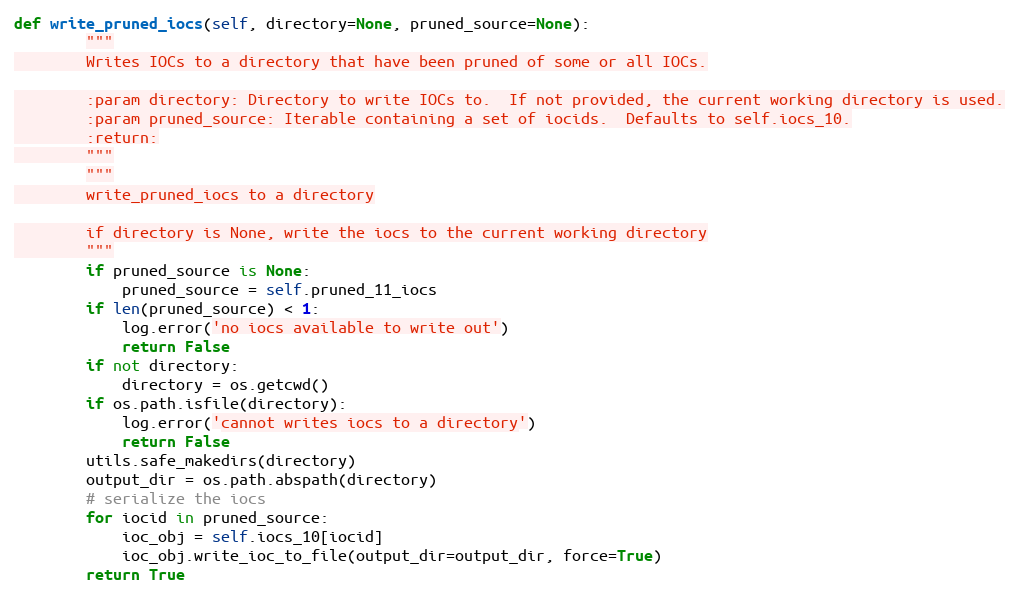
Language: Python
def write_pruned_iocs(self, directory=None, pruned_source=None):
        """
        Writes IOCs to a directory that have been pruned of some or all IOCs.

        :param directory: Directory to write IOCs to.  If not provided, the current working directory is used.
        :param pruned_source: Iterable containing a set of iocids.  Defaults to self.iocs_10.
        :return:
        """
        """
        write_pruned_iocs to a directory

        if directory is None, write the iocs to the current working directory
        """
        if pruned_source is None:
            pruned_source = self.pruned_11_iocs
        if len(pruned_source) < 1:
            log.error('no iocs available to write out')
            return False
        if not directory:
            directory = os.getcwd()
        if os.path.isfile(directory):
            log.error('cannot writes iocs to a directory')
            return False
        utils.safe_makedirs(directory)
        output_dir = os.path.abspath(directory)
        # serialize the iocs
        for iocid in pruned_source:
            ioc_obj = self.iocs_10[iocid]
            ioc_obj.write_ioc_to_file(output_dir=output_dir, force=True)
        return True